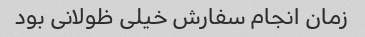
زمان انجام سفارش خیلی ظولانی بود